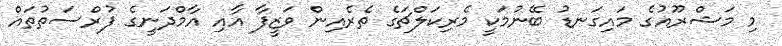
މި މަޝްރޫއުގެ މައިގަނޑު ބޭނުމަކީ މެރިކަލްޗަގެ ތެރެއިން ވަޒީފާ އާއި އާމްދަނީގެ ފުރްސަތުތައް